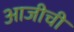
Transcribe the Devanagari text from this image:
आजीची